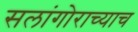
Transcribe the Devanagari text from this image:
सलांगोराच्याच